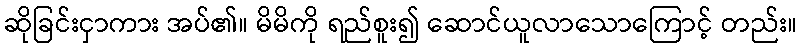
ဆိုခြင်းငှာကား အပ်၏။ မိမိကို ရည်စူး၍ ဆောင်ယူလာသောကြောင့် တည်း။